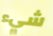
شيء